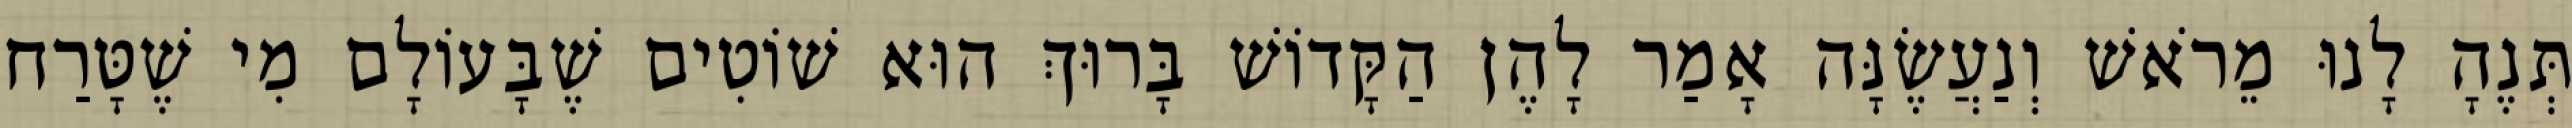
תְּנֶהָ לָנוּ מֵרֹאשׁ וְנַעֲשֶׂנָּה אָמַר לָהֶן הַקָּדוֹשׁ בָּרוּךְ הוּא שׁוֹטִים שֶׁבָּעוֹלָם מִי שֶׁטָּרַח